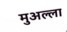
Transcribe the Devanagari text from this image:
मुअल्ला